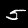
Label: 5